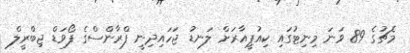
މެޗުގެ 89 ވަނަ މިނިޓުގައި ކިއުޕީއާރަށް ލަނޑު ޖަހައިދިނީ ފްރާންސްގެ ފޯވަޑް ޖިބްރީލް